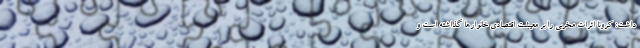
داشت: کرونا اثرات مخربی را بر معیشت اقتصادی خانوارها گذاشته است و